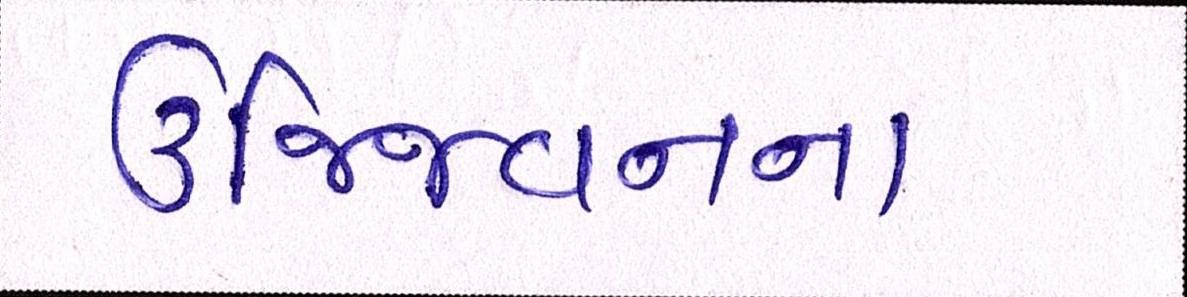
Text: ઉજ્જિવનના